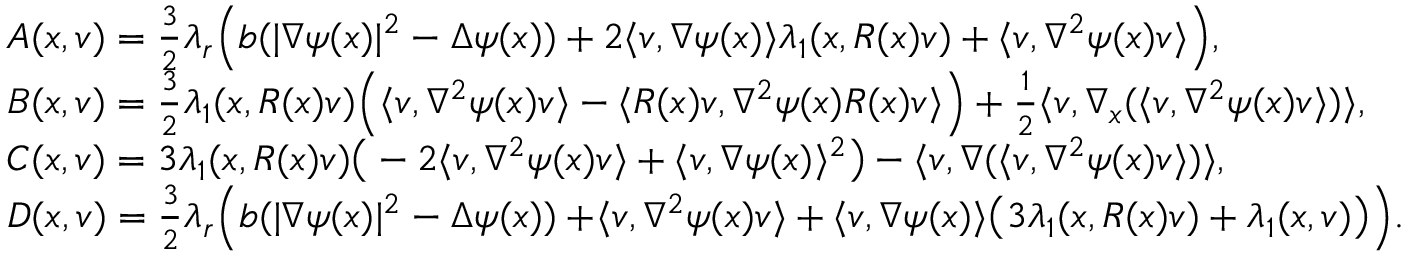
\begin{array} { r l } & { A ( x , v ) = \frac { 3 } { 2 } \lambda _ { r } \Big ( b ( \lvert \nabla \psi ( x ) \rvert ^ { 2 } - \Delta \psi ( x ) ) + 2 \langle v , \nabla \psi ( x ) \rangle \lambda _ { 1 } ( x , R ( x ) v ) + \langle v , \nabla ^ { 2 } \psi ( x ) v \rangle \Big ) , } \\ & { B ( x , v ) = \frac { 3 } { 2 } \lambda _ { 1 } ( x , R ( x ) v ) \Big ( \langle v , \nabla ^ { 2 } \psi ( x ) v \rangle - \langle R ( x ) v , \nabla ^ { 2 } \psi ( x ) R ( x ) v \rangle \Big ) + \frac { 1 } { 2 } \langle v , \nabla _ { x } ( \langle v , \nabla ^ { 2 } \psi ( x ) v \rangle ) \rangle , } \\ & { C ( x , v ) = 3 \lambda _ { 1 } ( x , R ( x ) v ) \big ( - 2 \langle v , \nabla ^ { 2 } \psi ( x ) v \rangle + \langle v , \nabla \psi ( x ) \rangle ^ { 2 } \big ) - \langle v , \nabla ( \langle v , \nabla ^ { 2 } \psi ( x ) v \rangle ) \rangle , } \\ & { D ( x , v ) = \frac { 3 } { 2 } \lambda _ { r } \Big ( b ( \lvert \nabla \psi ( x ) \rvert ^ { 2 } - \Delta \psi ( x ) ) + \! \langle v , \nabla ^ { 2 } \psi ( x ) v \rangle + \langle v , \nabla \psi ( x ) \rangle \big ( 3 \lambda _ { 1 } ( x , R ( x ) v ) + \lambda _ { 1 } ( x , v ) \big ) \Big ) . } \end{array}